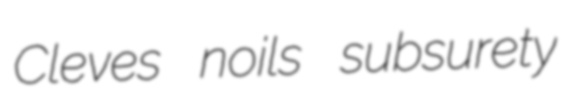
Cleves noils subsurety